Punjab Mental Hospital Lahore 1922-31 - 1922-1931
Year: 1922
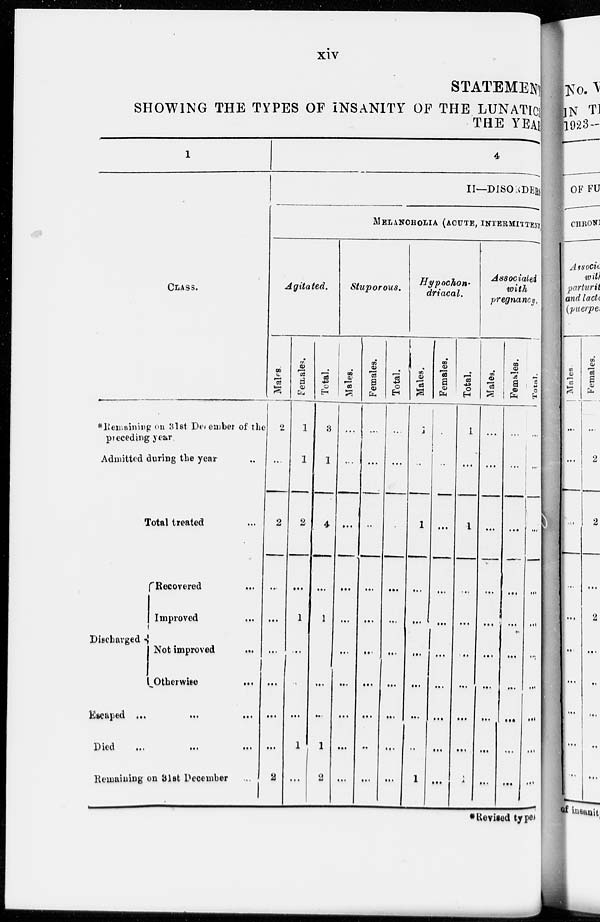
xiv
STATEMENT
SHOWING THE TYPES OF INSANITY OF THE LUNATICS
THE YEAR
1
CLASS.
*Remaining on 31st December of the
preceding year.
Admitted during the year ...
Total treated ...
Discharged
Recovered
...
Improved
...
Not improved
...
Otherwise
...
Escaped
...
...
...
Died
...
...
...
Remaining on 31st December ...
4
II—DISORDERS
MELANCHOLIA (ACUTE, INTERMITTENT
Agitated.
Males.
2
...
2
...
...
...
...
...
...
2
Females.
1
1
2
...
1
...
...
...
1
...
Total.
3
1
4
...
1
...
...
...
1
2
Stuporous.
Males.
...
...
...
...
...
...
...
...
...
...
Females.
...
...
...
...
...
...
...
...
...
...
Total.
...
...
...
...
...
...
...
...
...
...
Hypochon-
driacal.
Males.
1
...
1
...
...
...
...
...
...
1
Females.
...
...
...
...
...
...
...
...
...
...
Total.
1
...
1
...
...
...
...
...
...
1
Associated
with
pregnancy.
Males.
...
...
...
...
...
...
...
...
...
...
Females.
...
...
...
...
...
...
...
...
...
...
Total.
...
...
...
...
...
...
...
...
...
...
*Revised types